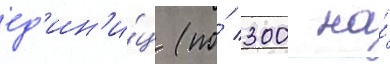
ед'ин'и́ц (по́ 300 на́